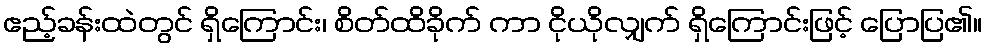
ဧည့်ခန်းထဲတွင် ရှိကြောင်း၊ စိတ်ထိခိုက် ကာ ငိုယိုလျှက် ရှိကြောင်းဖြင့် ပြောပြ၏။